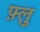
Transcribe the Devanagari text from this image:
फ़्लु